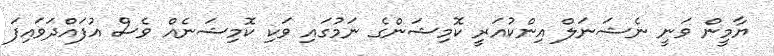
ޔާމީން ވަނީ ނެޝަނަލް އިންކުއަރީ ކޮމިޝަންގެ ނަމުގައި ވަކި ކޮމިޝަނެއް ވެސް އުފައްދަވައިފަ